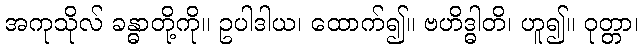
အကုသိုလ် ခန္ဓာတို့ကို။ ဥပါဒါယ၊ ထောက်၍။ ဗဟိဒ္ဓါတိ၊ ဟူ၍။ ဝုတ္တာ၊